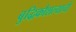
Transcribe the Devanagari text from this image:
बुद्धिकौशल्याची